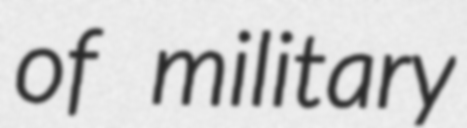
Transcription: of military